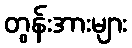
တွန်းအားများ